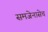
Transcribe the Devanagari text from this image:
समजेनासेच